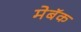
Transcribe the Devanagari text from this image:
मेबॅक